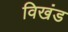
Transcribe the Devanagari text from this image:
विखंड